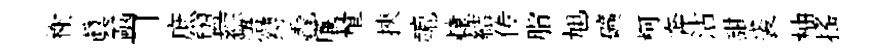
榭真凾□庶盥綜浯缚毳廉量挾轆轅結传脂旭礦柯奔沾甜裘柚揺